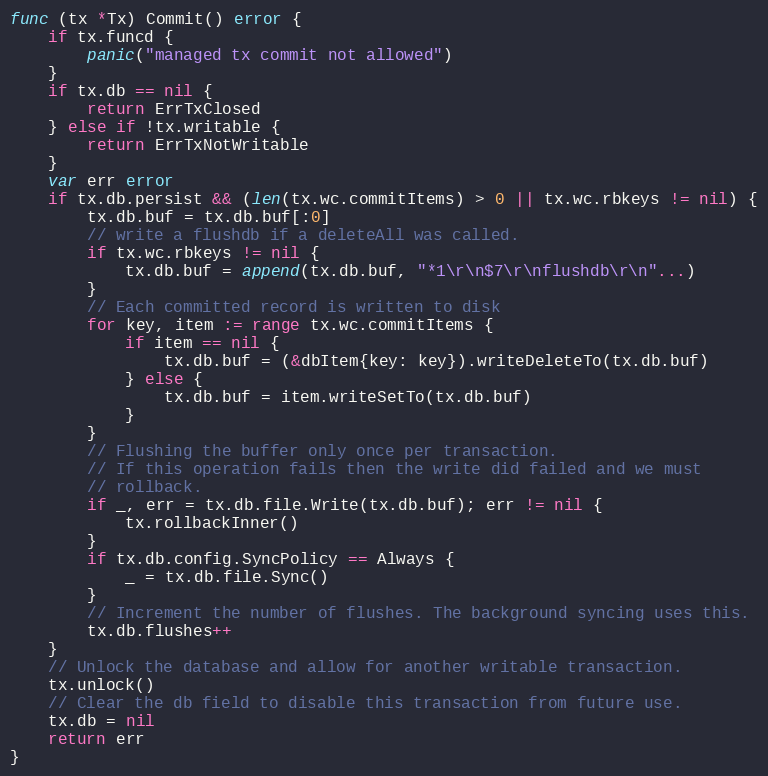
Language: Go
func (tx *Tx) Commit() error {
	if tx.funcd {
		panic("managed tx commit not allowed")
	}
	if tx.db == nil {
		return ErrTxClosed
	} else if !tx.writable {
		return ErrTxNotWritable
	}
	var err error
	if tx.db.persist && (len(tx.wc.commitItems) > 0 || tx.wc.rbkeys != nil) {
		tx.db.buf = tx.db.buf[:0]
		// write a flushdb if a deleteAll was called.
		if tx.wc.rbkeys != nil {
			tx.db.buf = append(tx.db.buf, "*1\r\n$7\r\nflushdb\r\n"...)
		}
		// Each committed record is written to disk
		for key, item := range tx.wc.commitItems {
			if item == nil {
				tx.db.buf = (&dbItem{key: key}).writeDeleteTo(tx.db.buf)
			} else {
				tx.db.buf = item.writeSetTo(tx.db.buf)
			}
		}
		// Flushing the buffer only once per transaction.
		// If this operation fails then the write did failed and we must
		// rollback.
		if _, err = tx.db.file.Write(tx.db.buf); err != nil {
			tx.rollbackInner()
		}
		if tx.db.config.SyncPolicy == Always {
			_ = tx.db.file.Sync()
		}
		// Increment the number of flushes. The background syncing uses this.
		tx.db.flushes++
	}
	// Unlock the database and allow for another writable transaction.
	tx.unlock()
	// Clear the db field to disable this transaction from future use.
	tx.db = nil
	return err
}